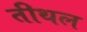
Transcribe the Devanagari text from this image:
तीथल